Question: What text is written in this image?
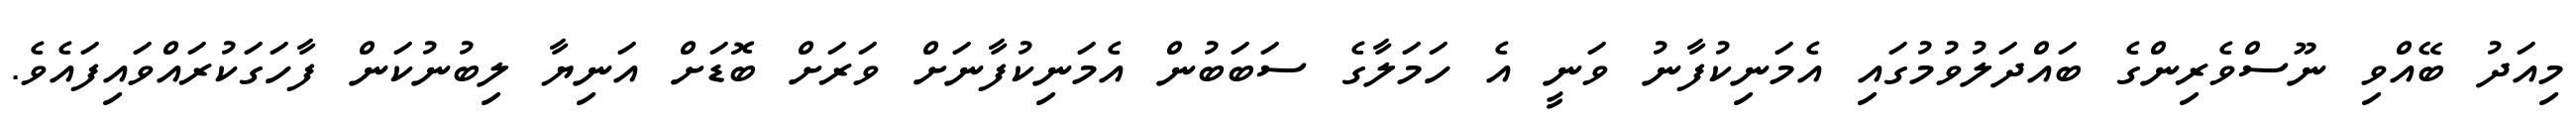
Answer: މިއަދު ބޭއްވި ނޫސްވެރިންގެ ބައްދަލުވުމުގައި އެމަނިކުފާނު ވަނީ އެ ހަމަލާގެ ސަބަބުން އެމަނިކުފާނަށް ވަރަށް ބޮޑަށް އަނިޔާ ލިބުނުކަން ފާހަގަކުރައްވައިފައެވެ.